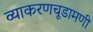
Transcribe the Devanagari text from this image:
व्याकरणचूडामणी